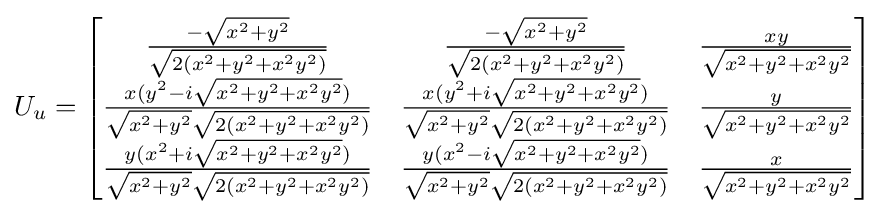
U_{u}={\begin{bmatrix}{-{\sqrt {x^{2}+y^{2}}} \over {\sqrt {2(x^{2}+y^{2}+x^{2}y^{2})}}}&{-{\sqrt {x^{2}+y^{2}}} \over {\sqrt {2(x^{2}+y^{2}+x^{2}y^{2})}}}&{xy \over {\sqrt {x^{2}+y^{2}+x^{2}y^{2}}}}\\{x(y^{2}-i{\sqrt {x^{2}+y^{2}+x^{2}y^{2}}}) \over {\sqrt {x^{2}+y^{2}}}{\sqrt {2(x^{2}+y^{2}+x^{2}y^{2})}}}&{x(y^{2}+i{\sqrt {x^{2}+y^{2}+x^{2}y^{2}}}) \over {\sqrt {x^{2}+y^{2}}}{\sqrt {2(x^{2}+y^{2}+x^{2}y^{2})}}}&{y \over {\sqrt {x^{2}+y^{2}+x^{2}y^{2}}}}\\{y(x^{2}+i{\sqrt {x^{2}+y^{2}+x^{2}y^{2}}}) \over {\sqrt {x^{2}+y^{2}}}{\sqrt {2(x^{2}+y^{2}+x^{2}y^{2})}}}&{y(x^{2}-i{\sqrt {x^{2}+y^{2}+x^{2}y^{2}}}) \over {\sqrt {x^{2}+y^{2}}}{\sqrt {2(x^{2}+y^{2}+x^{2}y^{2})}}}&{x \over {\sqrt {x^{2}+y^{2}+x^{2}y^{2}}}}\end{bmatrix}}